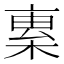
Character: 𣕏